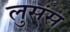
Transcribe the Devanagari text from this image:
लुसंस